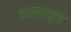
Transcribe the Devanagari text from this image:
सारंगसुत